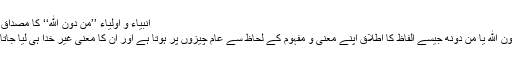
انبیاء و اولیاء ’’مِنْ دُوْنِ اللهِ‘‘ کا مصداق نہیں
مِنْ دُوْنِ اللهِ يا مِنْ دُوْنِهِ جیسے الفاظ کا اطلاق اپنے معنی و مفہوم کے لحاظ سے عام چیزوں پر ہوتا ہے اور ان کا معنی غیرِ خدا ہی لیا جاتا ہے۔